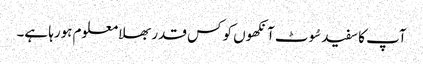
آپ کا سفید سُوٹ آنکھوں کو کس قدر بھلا معلوم ہورہا ہے۔